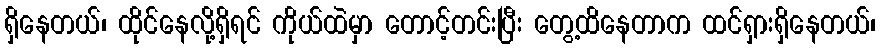
ရှိနေတယ်၊ ထိုင်နေလို့ရှိရင် ကိုယ်ထဲမှာ တောင့်တင်းပြီး တွေ့ထိနေတာက ထင်ရှားရှိနေတယ်၊